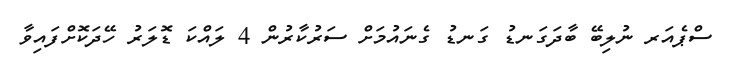
ސްޕެއަރ ނުލިބޭ ބާދަގަނޑު ގަނޑު ގެނައުމަށް ސަރުކާރުން 4 ލައްކަ ޑޮލަރު ހޭދަކޮށްފައިވާ